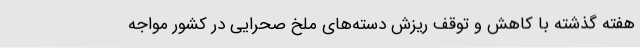
هفته گذشته با کاهش و توقف ریزش دسته‌های ملخ صحرایی در کشور مواجه